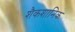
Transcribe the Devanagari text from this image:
शैकशानिक